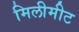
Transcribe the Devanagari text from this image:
मिलीमीट